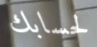
لحسابك